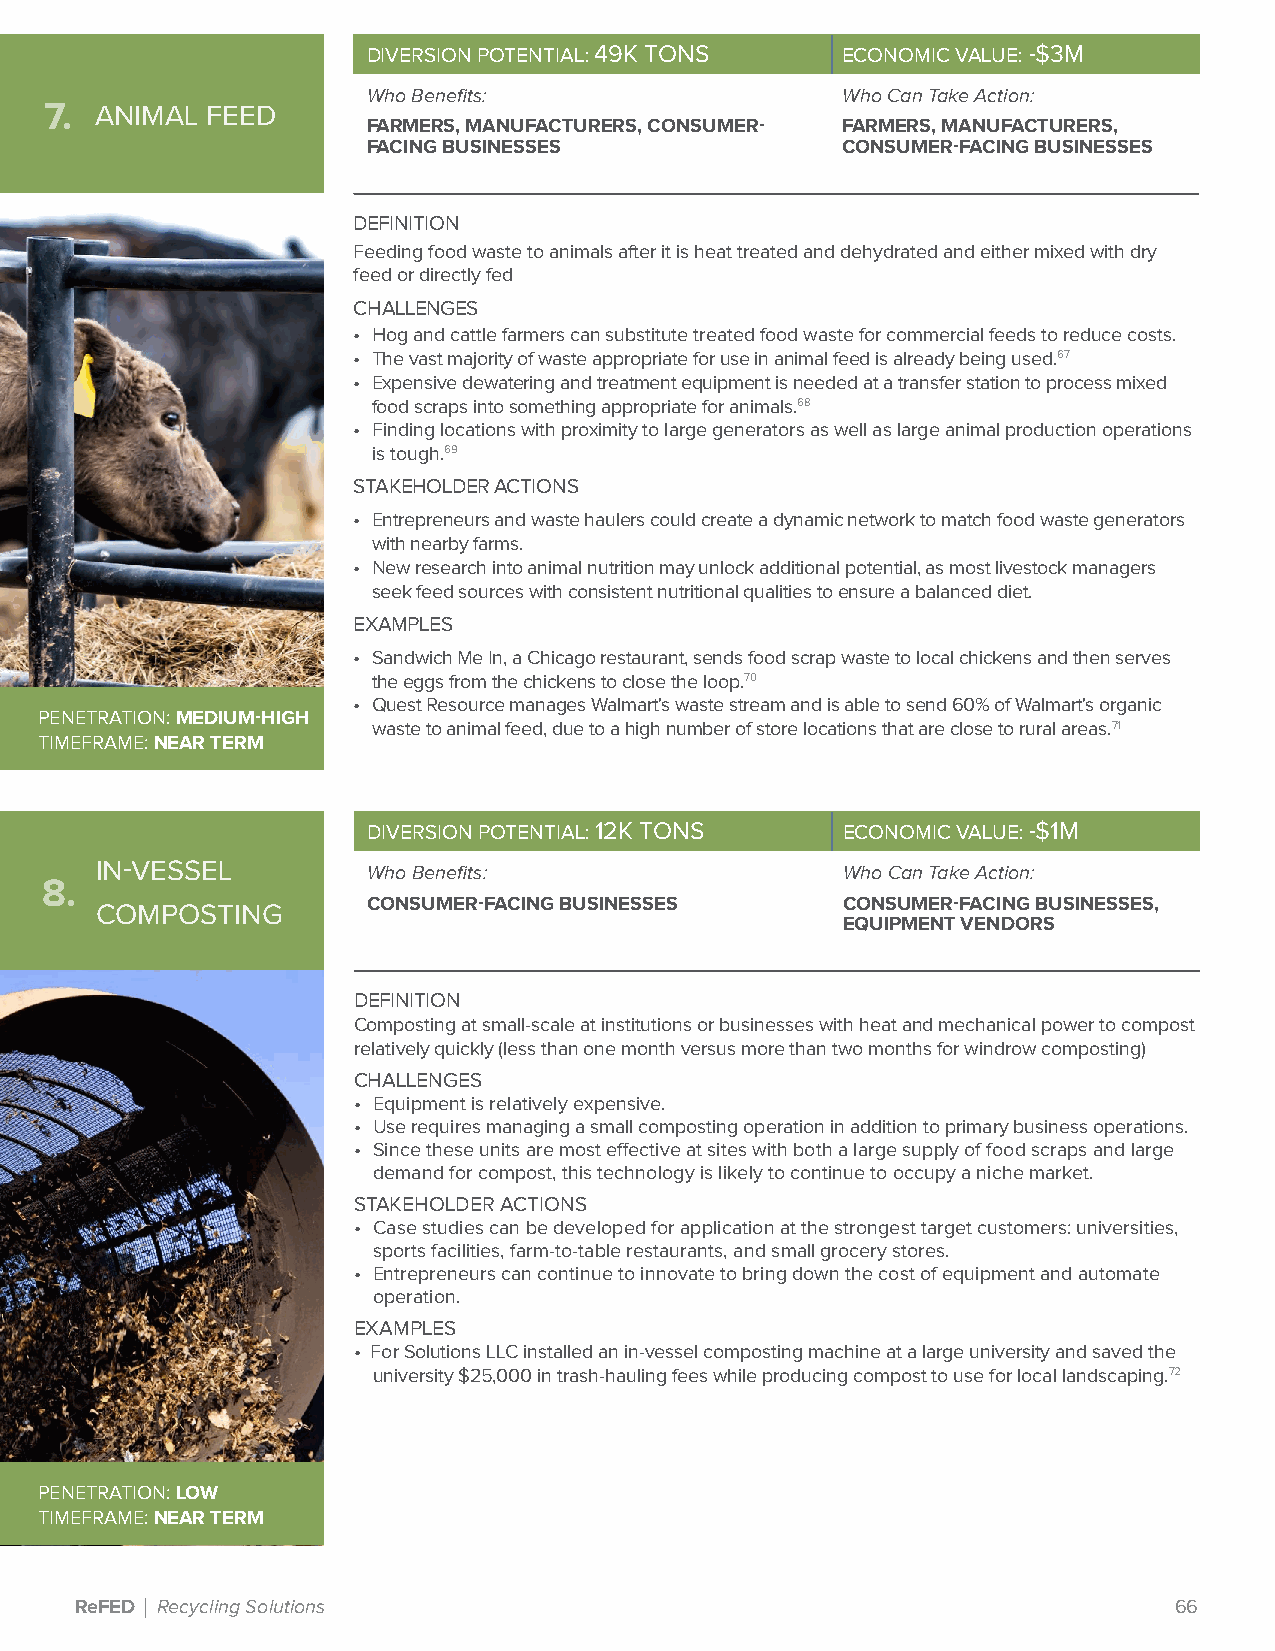
DIVERSION POTENTIAL: 49K TONS   ECONOMIC VALUE: -$3M
 Who Benefits:                   Who Can Take Action:
 7. ANIMAL  FEED
 FARMERS, MANUFACTURERS, CONSUMER- FARMERS, MANUFACTURERS,
 FACING BUSINESSES               CONSUMER-FACING BUSINESSES
 DEFINITION
 Feeding food waste to animals after it is heat treated and dehydrated and either mixed with dry
 feed or directly fed
 CHALLENGES
 • Hog and cattle farmers can substitute treated food waste for commercial feeds to reduce costs.
 • The vast majority of waste appropriate for use in animal feed is already being used.67
 • Expensive dewatering and treatment equipment is needed at a transfer station to process mixed
 food scraps into something appropriate for animals.68
 • Finding locations with proximity to large generators as well as large animal production operations
 is tough.69
 STAKEHOLDER ACTIONS
 • Entrepreneurs and waste haulers could create a dynamic network to match food waste generators
 with nearby farms.
 • New research into animal nutrition may unlock additional potential, as most livestock managers
 seek feed sources with consistent nutritional qualities to ensure a balanced diet.
 EXAMPLES
 • Sandwich Me In, a Chicago restaurant, sends food scrap waste to local chickens and then serves
 the eggs from the chickens to close the loop.70
 • Quest Resource manages Walmart's waste stream and is able to send 60% of Walmart's organic
 PENETRATION: MEDIUM-HIGH
 waste to animal feed, due to a high number of store locations that are close to rural areas.71
 TIMEFRAME: NEAR TERM
 DIVERSION POTENTIAL: 12K TONS   ECONOMIC VALUE: -$1M
 IN-VESSEL         Who Benefits:                   Who Can Take Action:
 8.
 CONSUMER-FACING BUSINESSES      CONSUMER-FACING BUSINESSES,
 COMPOSTING
 EQUIPMENT VENDORS
 DEFINITION
 Composting at small-scale at institutions or businesses with heat and mechanical power to compost
 relatively quickly (less than one month versus more than two months for windrow composting)
 CHALLENGES
 • Equipment is relatively expensive.
 • Use requires managing a small composting operation in addition to primary business operations.
 • Since these units are most effective at sites with both a large supply of food scraps and large
 demand for compost, this technology is likely to continue to occupy a niche market.
 STAKEHOLDER ACTIONS
 • Case studies can be developed for application at the strongest target customers: universities,
 sports facilities, farm-to-table restaurants, and small grocery stores.
 • Entrepreneurs can continue to innovate to bring down the cost of equipment and automate
 operation.
 EXAMPLES
 • For Solutions LLC installed an in-vessel composting machine at a large university and saved the
 university $25,000 in trash-hauling fees while producing compost to use for local landscaping.72
 PENETRATION: LOW
 TIMEFRAME: NEAR TERM
 ReFED | Recycling Solutions                                              66